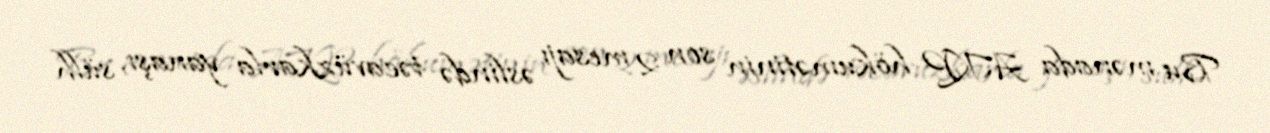
Bu mənada AKP hökumətinin son 2 mesajı əslində təcavüzkarla yanaşı, sülh